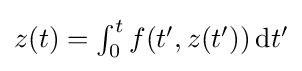
\textstyle z(t)=\int _{0}^{t}f(t',z(t'))\,\mathrm {d} t'